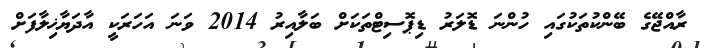
ރާއްޖޭގެ ބޭންކުތަކުގައި ހުންނަ ޑޮލަރު ޑިޕޮސިޓްތަކަށް ބަލާއިރު 2014 ވަނަ އަހަރަކީ އާދަޔާޚިލާފަށް